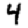
Digit: 4